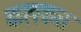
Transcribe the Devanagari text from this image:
कलकत्त